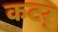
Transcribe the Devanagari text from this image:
कटर्‌